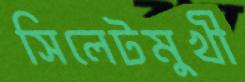
সিলেটমুখী